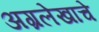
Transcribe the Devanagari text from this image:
अग्रलेखाचे